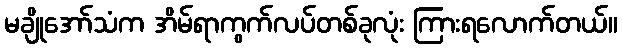
မချိုအော်သံက အိမ်ရာကွက်လပ်တစ်ခုလုံး ကြားရလောက်တယ်။